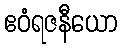
ဧဝံရဇနီယော